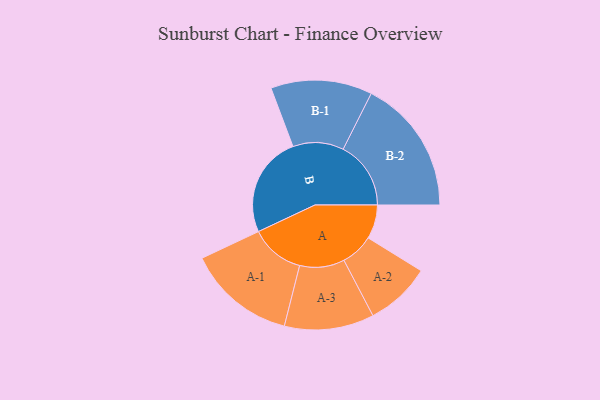
{"axis": {"x": "Segment", "y": "Value"}, "legend": ["", "A", "B"], "data": [{"x": "A", "y": 138, "type": ""}, {"x": "B", "y": 411, "type": ""}, {"x": "A-1", "y": 220, "type": "A"}, {"x": "A-2", "y": 133, "type": "A"}, {"x": "A-3", "y": 182, "type": "A"}, {"x": "B-1", "y": 206, "type": "B"}, {"x": "B-2", "y": 275, "type": "B"}]}